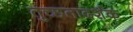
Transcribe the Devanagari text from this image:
तुच्छतादर्शक